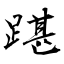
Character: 踸